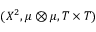
( X ^ { 2 } , \mu \otimes \mu , T \times T )